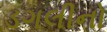
ડગલીનો